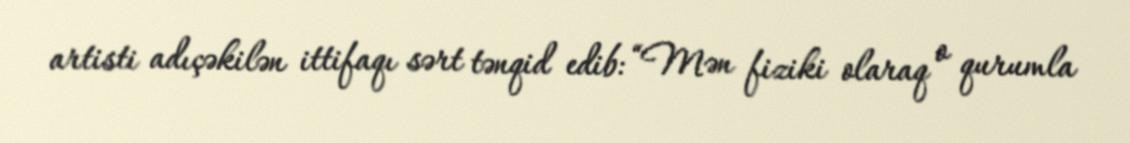
artisti adıçəkilən ittifaqı sərt tənqid edib: “Mən fiziki olaraq o qurumla